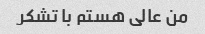
من عالی هستم با تشکر